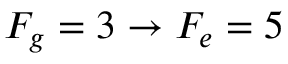
F _ { g } = 3 \rightarrow F _ { e } = 5